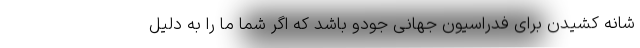
شانه کشیدن برای فدراسیون جهانی جودو باشد که اگر شما ما را به دلیل